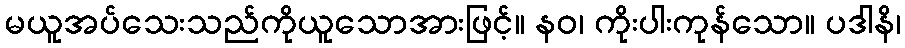
မယူအပ်သေးသည်ကိုယူသောအားဖြင့်။ နဝ၊ ကိုးပါးကုန်သော။ ပဒါနိ၊